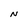
Character: N